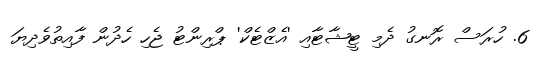
6. ހުރަސް ރޮނގު ދެމި ޓީޝާޓާއި 'އެޒްޓެކް' ޕްރިންޓު ޖެހި ހެދުން ފާއިތުވެދިޔަ